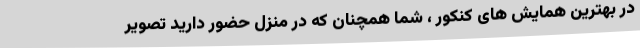
در بهترین همایش های کنکور ، شما همچنان که در منزل حضور دارید تصویر